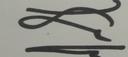
Signature authenticity: genuine